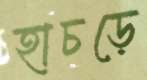
হাচড়ে